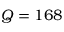
Q = 1 6 8